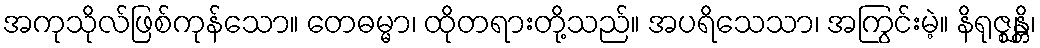
အကုသိုလ်ဖြစ်ကုန်သော။ တေဓမ္မာ၊ ထိုတရားတို့သည်။ အပရိသေသာ၊ အကြွင်းမဲ့။ နိရုဇ္ဈန္တိ၊